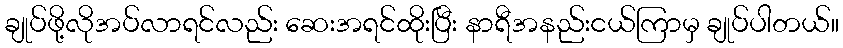
ချုပ်ဖို့လိုအပ်လာရင်လည်း ဆေးအရင်ထိုးပြီး နာရီအနည်းငယ်ကြာမှ ချုပ်ပါတယ်။